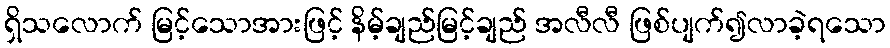
ရှိသလောက် မြင့်သောအားဖြင့် နိမ့်ချည်မြင့်ချည် အလီလီ ဖြစ်ပျက်၍လာခဲ့ရသော